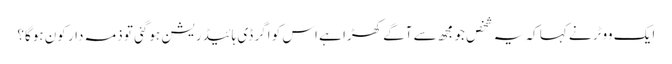
ایک ووٹر نے کہا کہ یہ شخص جو مجھ سے آگے کھڑا ہے اس کو اگر ڈی ہائیڈریشن ہوگئی تو ذمہ دار کون ہوگا؟